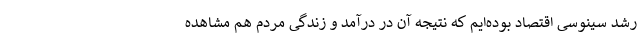
رشد سینوسی اقتصاد بوده‌ایم که نتیجه آن در درآمد و زندگی مردم هم مشاهده